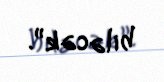
biləcək”.